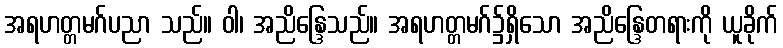
အရဟတ္တမဂ်ပညာ သည်။ ဝါ၊ အညိန္ဒြေသည်။ အရဟတ္တမဂ်၌ရှိသော အညိန္ဒြေတရားကို ယူခိုက်